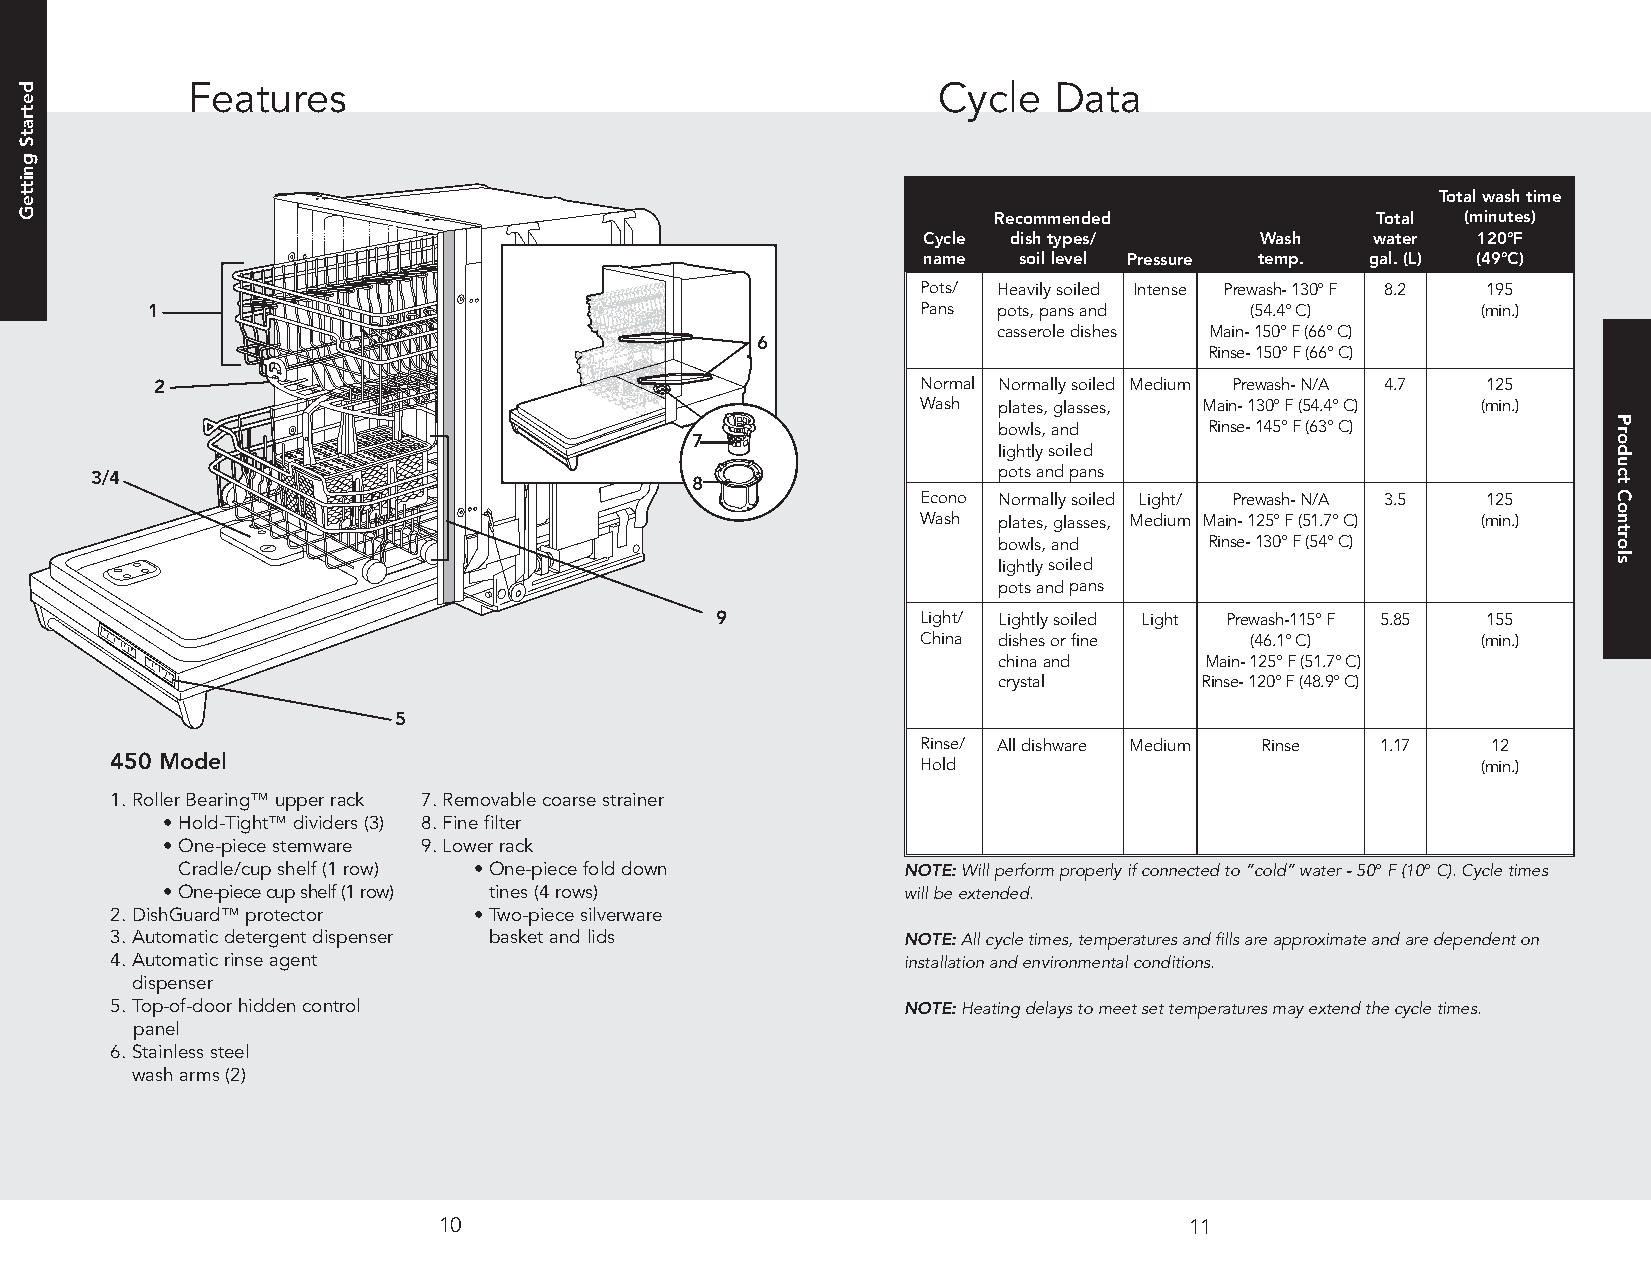
Features                                          Cycle   Data
 Totalwashtime
 Recommended              Total (minutes)
 Cycle dishtypes/      Wash    water  120°F
 name  soillevel Pressure temp. gal.(L) (49°C)
 Pots/ Heavilysoiled Intense Prewash-130°F 8.2 195
 1                                                  Pans pots,pansand     (54.4°C)       (min.)
 casseroledishes Main-150°F(66°C)
 6
 Rinse-150°F(66°C)
 2                                                  Normal Normallysoiled Medium Prewash-N/A 4.7 125
 Wash plates,glasses, Main-130°F(54.4°C) (min.)
 bowls,and     Rinse-145°F(63°C)
 7
 lightlysoiled
 3/4                                     8                   potsandpans
 Econo Normallysoiled Light/ Prewash-N/A 3.5 125
 Wash plates,glasses, Medium Main-125°F(51.7°C) (min.)
 bowls,and     Rinse-130°F(54°C)
 lightlysoiled
 potsandpans
 9             Light/ Lightlysoiled Light Prewash-115°F 5.85 155
 China dishesorfine    (46.1°C)       (min.)
 chinaand      Main-125°F(51.7°C)
 crystal      Rinse-120°F(48.9°C)
 5
 Rinse/ Alldishware Medium Rinse 1.17  12
 450 Model                                             Hold                                 (min.)
 1.RollerBearing™upperrack 7.Removablecoarsestrainer
 •Hold-Tight™dividers(3) 8.Finefilter
 •One-piecestemware 9.Lowerrack
 Cradle/cupshelf(1row) •One-piecefolddown        NOTE:Willperformproperlyifconnectedto“cold”water-50°F(10°C).Cycletimes
 •One-piececupshelf(1row) tines(4rows)            willbeextended.
 2.DishGuard™protector   •Two-piecesilverware
 3.Automaticdetergentdispenser basketandlids          NOTE:Allcycletimes,temperaturesandfillsareapproximateandaredependenton
 4.Automaticrinseagent                                installationandenvironmentalconditions.
 dispenser
 5.Top-of-doorhiddencontrol                           NOTE:Heatingdelaystomeetsettemperaturesmayextendthecycletimes.
 panel
 6.Stainlesssteel
 washarms(2)
 10                                                11
 detratSgnitteG
 ProductControls